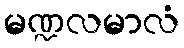
မဏ္ဍလမာလံ